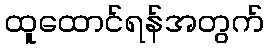
ထူထောင်ရန်အတွက်